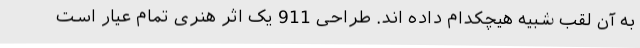
به آن لقب شبیه هیچکدام داده اند. طراحی 911 یک اثر هنری تمام عیار است